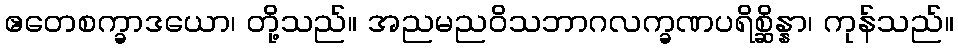
ဧတေစက္ခာဒယော၊ တို့သည်။ အညမညဝိသဘာဂလက္ခဏပရိစ္ဆိန္နာ၊ ကုန်သည်။